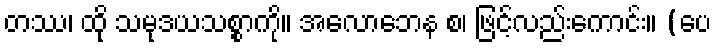
တဿ၊ ထို သမုဒယသစ္စာကို။ အလောဘေန စ၊ ဖြင့်လည်းကောင်း။ (ပေ